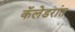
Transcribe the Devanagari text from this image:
कॅलेडरांत